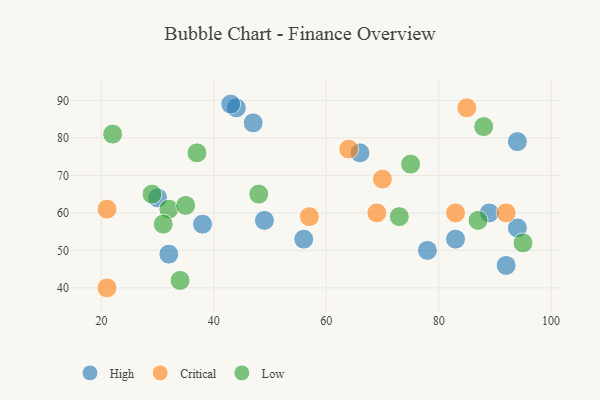
{"axis": {"x": "GDP", "y": "Life Expectancy"}, "legend": ["Critical", "High", "Low"], "data": [{"x": "89", "y": 60, "type": "High"}, {"x": "44", "y": 88, "type": "High"}, {"x": "94", "y": 56, "type": "High"}, {"x": "43", "y": 89, "type": "High"}, {"x": "38", "y": 57, "type": "High"}, {"x": "92", "y": 46, "type": "High"}, {"x": "32", "y": 49, "type": "High"}, {"x": "49", "y": 58, "type": "High"}, {"x": "56", "y": 53, "type": "High"}, {"x": "66", "y": 76, "type": "High"}, {"x": "47", "y": 84, "type": "High"}, {"x": "30", "y": 64, "type": "High"}, {"x": "83", "y": 53, "type": "High"}, {"x": "78", "y": 50, "type": "High"}, {"x": "94", "y": 79, "type": "High"}, {"x": "21", "y": 40, "type": "Critical"}, {"x": "69", "y": 60, "type": "Critical"}, {"x": "21", "y": 61, "type": "Critical"}, {"x": "70", "y": 69, "type": "Critical"}, {"x": "92", "y": 60, "type": "Critical"}, {"x": "64", "y": 77, "type": "Critical"}, {"x": "83", "y": 60, "type": "Critical"}, {"x": "85", "y": 88, "type": "Critical"}, {"x": "57", "y": 59, "type": "Critical"}, {"x": "88", "y": 83, "type": "Low"}, {"x": "73", "y": 59, "type": "Low"}, {"x": "75", "y": 73, "type": "Low"}, {"x": "87", "y": 58, "type": "Low"}, {"x": "32", "y": 61, "type": "Low"}, {"x": "35", "y": 62, "type": "Low"}, {"x": "22", "y": 81, "type": "Low"}, {"x": "48", "y": 65, "type": "Low"}, {"x": "95", "y": 52, "type": "Low"}, {"x": "29", "y": 65, "type": "Low"}, {"x": "37", "y": 76, "type": "Low"}, {"x": "31", "y": 57, "type": "Low"}, {"x": "34", "y": 42, "type": "Low"}]}